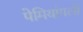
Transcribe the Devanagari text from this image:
पेमियांगत्से